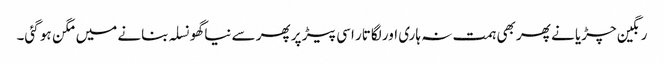
رنگین چڑیا نے پھر بھی ہمت نہ ہاری اور لگاتار اسی پیڑ پر پھر سے نیا گھونسلہ بنانے میں مگن ہو گئی۔